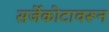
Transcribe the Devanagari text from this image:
सर्जेकोटावरून